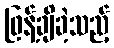
ဖြန့်ချိခဲ့သည့်